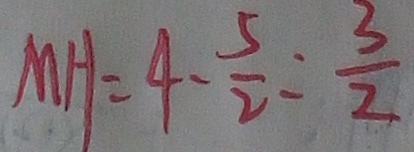
M H = 4 - \frac { 5 } { 2 } = \frac { 3 } { 2 }